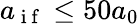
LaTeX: a_{\mathrm{~i~f~}}\leq 50a_{0}